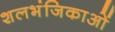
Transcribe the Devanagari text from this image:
शलभंजिकाओं